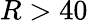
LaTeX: R>40